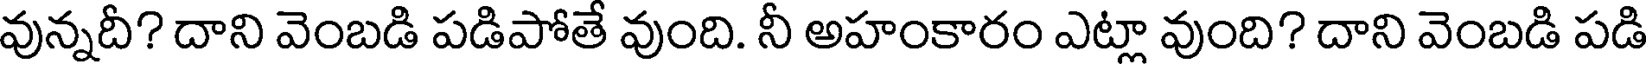
వున్నదీ? దాని వెంబడి పడిపోతే వుంది. నీ అహంకారం ఎట్లా వుంది? దాని వెంబడి పడి